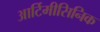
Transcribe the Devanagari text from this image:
आर्टिमीसिनिक